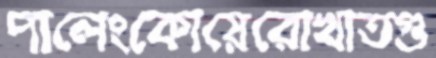
পালেংকোয়েরোখাতগু